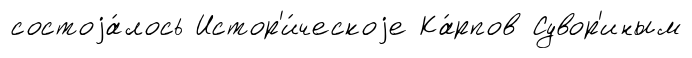
состоjа́лось Истор'и́ческоjе Ка́рпов Сувор'иным